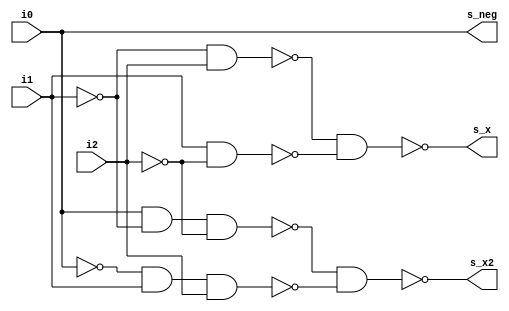
module tri_fu_tblmul_bthdcd(
   i0,
   i1,
   i2,
   s_neg,
   s_x,
   s_x2
);
   input   i0;
   input   i1;
   input   i2;
   output  s_neg;
   output  s_x;
   output  s_x2;

   wire    s_add;
   wire    sx1_a0_b;
   wire    sx1_a1_b;
   wire    sx1_t;
   wire    sx1_i;
   wire    sx2_a0_b;
   wire    sx2_a1_b;
   wire    sx2_t;
   wire    sx2_i;
   wire    i0_b;
   wire    i1_b;
   wire    i2_b;


   ////    -- 000  add  sh1=0 sh2=0  sub_adj=0
   ////    -- 001  add  sh1=1 sh2=0  sub_adj=0
   ////    -- 010  add  sh1=1 sh2=0  sub_adj=0
   ////    -- 011  add  sh1=0 sh2=1  sub_adj=0
   ////    -- 100  sub  sh1=0 sh2=1  sub_adj=1
   ////    -- 101  sub  sh1=1 sh2=0  sub_adj=1
   ////    -- 110  sub  sh1=1 sh2=0  sub_adj=1
   ////    -- 111  sub  sh1=0 sh2=0  sub_adj=0
   ////
   ////    s_neg    <= (     i0                       );
   ////
   ////    s_x      <= (            not i1 and     i2 ) or
   ////                (                i1 and not i2 );
   ////    s_x2     <= (     i0 and not i1 and not i2 ) or
   ////                ( not i0 and     i1 and     i2 );
   ////
   ////    sub_adj  <= i0 and not( i1 and i2 );
   ////

   // logically correct
   //----------------------------------
   //  s_neg <= (i0);
   //  s_x   <= (       not i1 and     i2) or (           i1 and not i2);
   //  s_x2  <= (i0 and not i1 and not i2) or (not i0 and i1 and     i2);

   assign i0_b = (~(i0));
   assign i1_b = (~(i1));
   assign i2_b = (~(i2));

   assign s_add = (~(i0));
   assign s_neg = (~(s_add));

   assign sx1_a0_b = (~(i1_b & i2));
   assign sx1_a1_b = (~(i1 & i2_b));
   assign sx1_t = (~(sx1_a0_b & sx1_a1_b));
   assign sx1_i = (~(sx1_t));
   assign s_x = (~(sx1_i));

   assign sx2_a0_b = (~(i0 & i1_b & i2_b));
   assign sx2_a1_b = (~(i0_b & i1 & i2));
   assign sx2_t = (~(sx2_a0_b & sx2_a1_b));
   assign sx2_i = (~(sx2_t));
   assign s_x2 = (~(sx2_i));


endmodule